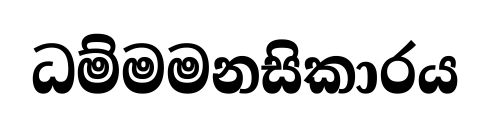
ධම්මමනසිකාරය